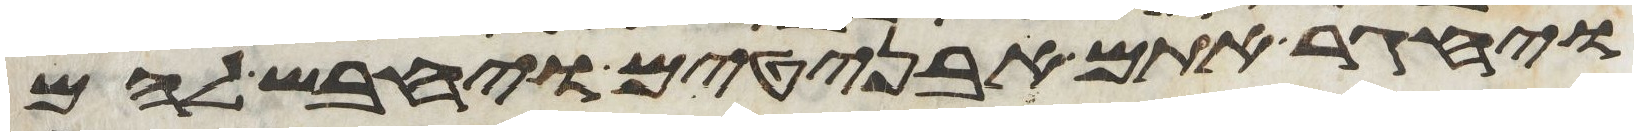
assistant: ויחגר אתם אבניטים ויחבש להם